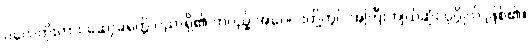
ပလေတိုးကား ဆော့ခရတ္တိ ပညာရှိ၏ တပည့် အပေါင်းတို့တွင် အကြီးကျယ်ဆုံး ပုဂ္ဂိုလ် ဖြစ်၏။